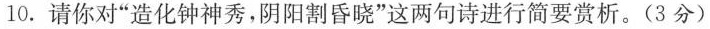
10.请你对”造化钟神秀，阴阳割昏晓”这两句诗进行简要赏析。(3分)